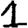
Digit: 1